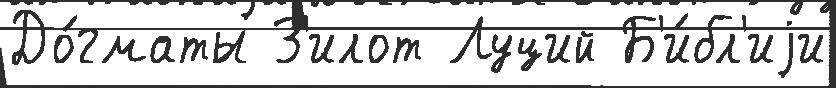
До́гматы З'илот Луций Б'и́бл'иjи